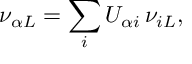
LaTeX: \nu _ { \alpha L } = \sum _ { i } U _ { \alpha i } \, \nu _ { i L } ,